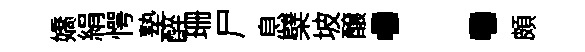
嬌絹愕塾醉珊尸息檗坡醸：頗